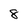
Character: 8